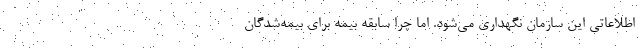
اطلاعاتی این سازمان نگهداری می‌شود. اما چرا سابقه بیمه برای بیمه‌شدگان